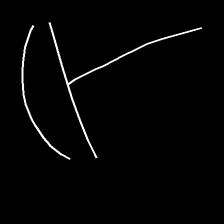
Glyph: dispersion